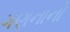
ગણનાનો